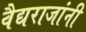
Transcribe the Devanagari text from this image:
वैद्यराजांनी